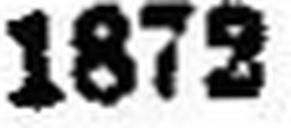
1872